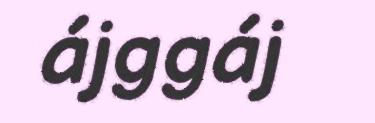
ájggáj